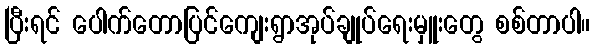
ပြီးရင် ပေါက်တောပြင်ကျေးရွာအုပ်ချုပ်ရေးမှူးတွေ စစ်တာပါ။